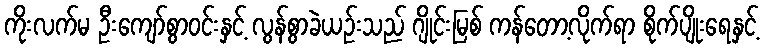
ကိုးလက်မ ဦးကျော်စွာဝင်းနှင့် လွန်စွာခဲယဉ်းသည် ဂျိုင်းမြစ် ကန်တော့လိုက်ရာ စိုက်ပျိုးရေနှင့်